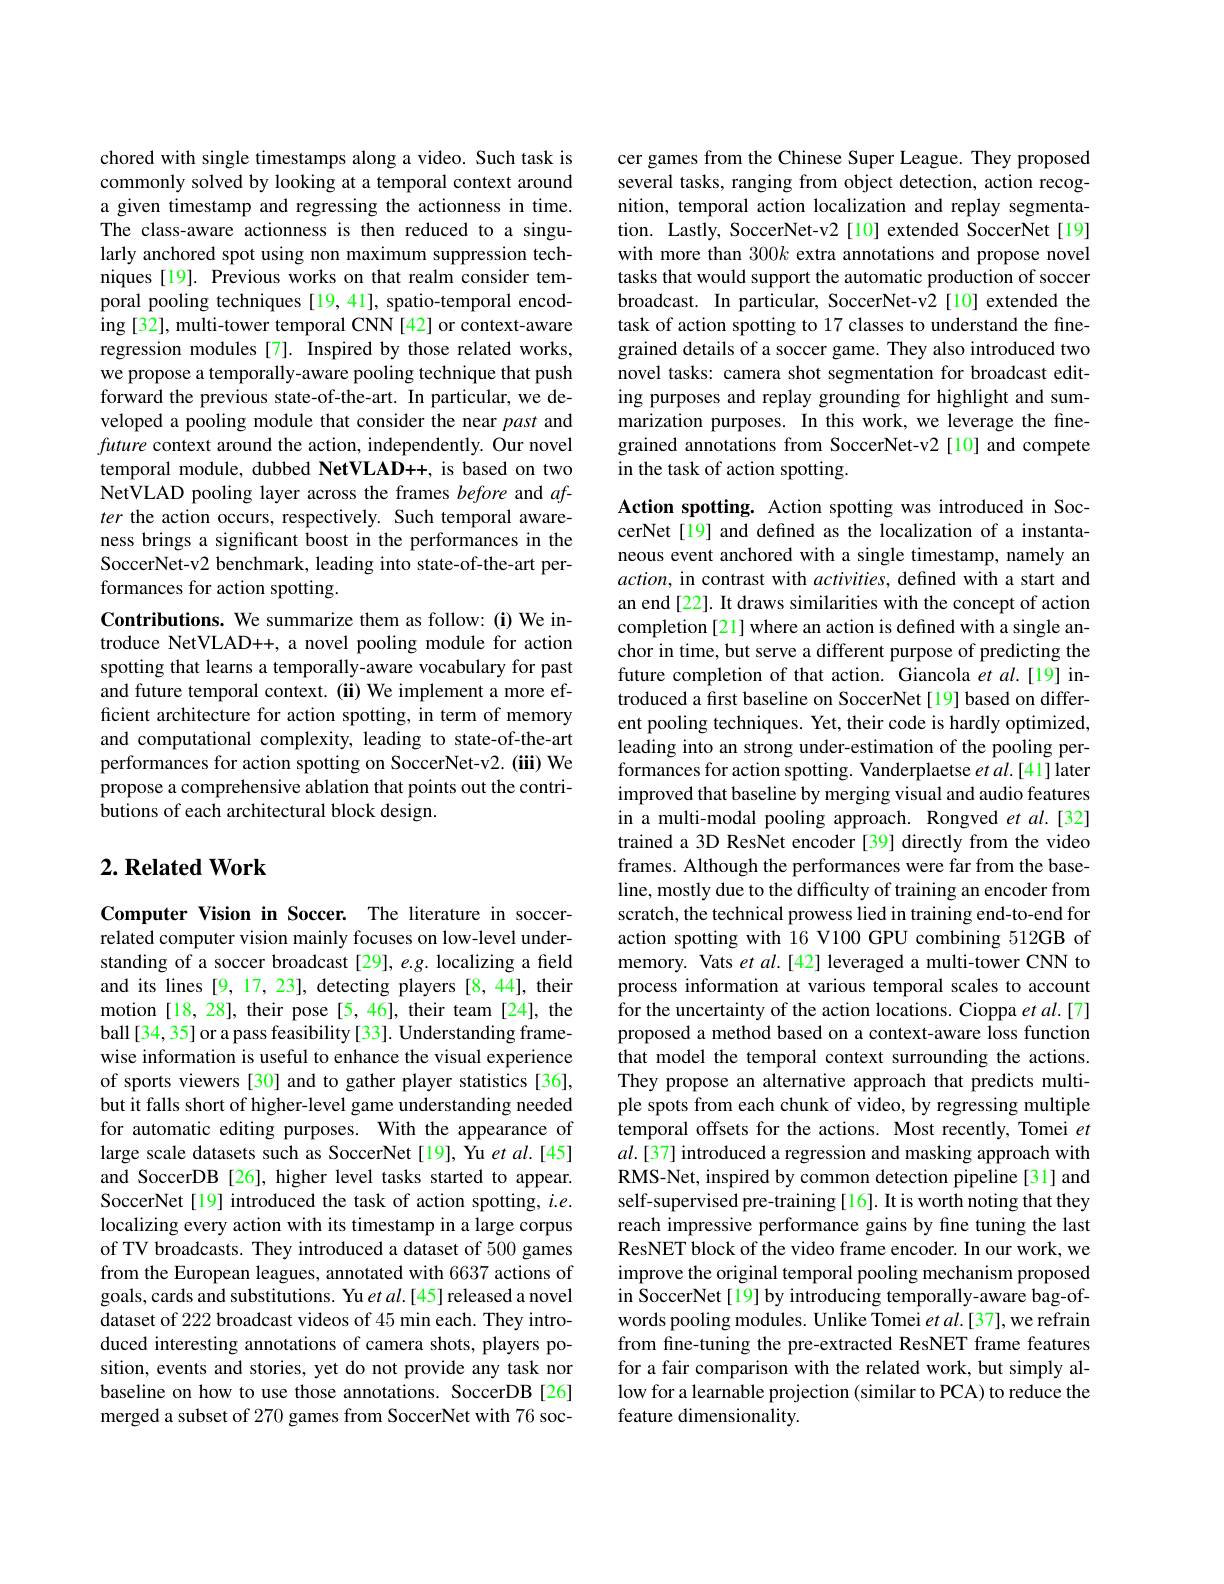
chored with single timestamps along a video. Such task is commonly solved by looking at a temporal context around a given timestamp and regressing the actionness in time. The class-aware actionness is then reduced to a singularly anchored spot using non maximum suppression techniques [19]. Previous works on that realm consider temporal pooling techniques[19,41], spatio-temporal encoding [32], multi-tower temporal CNN [42] or context-aware regression modules[7]. Inspired by those related works, we propose a temporally-aware pooling technique that push forward the previous state-of-the-art. In particular, we developed a pooling module that consider the near past and future context around the action, independently. Our novel temporal module, dubbed NetVLAD++, is based on two NetVLAD pooling layer across the frames before and $af-$ ter the action occurs, respectively. Such temporal awareness brings a significant boost in the performances in the SoccerNet-v2 benchmark, leading into state-of-the-art performances for action spotting.
Contributions. We summarize them as follow: (i) We introduce NetVLAD++, a novel pooling module for action spotting that learns a temporally-aware vocabulary for past and future temporal context. (ii) We implement a more efficient architecture for action spotting, in term of memory and computational complexity, leading to state-of-the-art performances for action spotting on SoccerNet-v2. (iii) We propose a comprehensive ablation that points out the contributions of each architectural block design.

### $2. \textbf{Related Work}$

Computer Vision in Soccer. The literature in soccerrelated computer vision mainly focuses on low-level understanding of a soccer broadcast[29], e.g. localizing a field and its lines [9, 17, 23], detecting players [8, 44], their motion [18, 28], their pose[5, 46], their team[24], the ball [34, 35] or a pass feasibility [ 33]. Understanding framewise information is useful to enhance the visual experience of sports viewers [30] and to gather player statistics [36], but it falls short of higher-level game understanding needed for automatic editing purposes. With the appearance of large scale datasets such as SoccerNet [19], Yu et al.[45] and SoccerDB [26], higher level tasks started to appear. SoccerNet [19] introduced the task of action spotting, $i.e.$ localizing every action with its timestamp in a large corpus of TV broadcasts. They introduced a dataset of 500 games from the European leagues, annotated with 6637 actions of goals, cards and substitutions. Yu $etal.[45]$ released a novel dataset of 222 broadcast videos of 45 min each. They introduced interesting annotations of camera shots, players position, events and stories, yet do not provide any task nor baseline on how to use those annotations. SoccerDB[26] merged a subset of 270 games from SoccerNet with 76 soc-

cer games from the Chinese Super League. They proposed several tasks, ranging from object detection, action recognition, temporal action localization and replay segmentation. Lastly, SoccerNet-v2 [10] extended SoccerNet[19] with more than 300k extra annotations and propose novel tasks that would support the automatic production of soccer broadcast. In particular, SoccerNet-v2[10] extended the task of action spotting to 17 classes to understand the finegrained details of a soccer game. They also introduced two novel tasks: camera shot segmentation for broadcast editing purposes and replay grounding for highlight and summarization purposes. In this work, we leverage the finegrained annotations from SoccerNet-v2 [10] and compete in the task of action spotting.

Action spotting. Action spotting was introduced in SoccerNet[19] and defined as the localization of a instantaneous event anchored with a single timestamp, namely an $action$, in contrast with activities, defined with a start and an end [22]. It draws similarities with the concept of action completion [21] where an action is defined with a single anchor in time, but serve a different purpose of predicting the future completion of that action. Giancola et al.[19] introduced a fırst baseline on SoccerNet[19] based on different pooling techniques. Yet, their code is hardly optimized, leading into an strong under-estimation of the pooling performances for action spotting. Vanderplaetse $etal.[41]$ later improved that baseline by merging visual and audio features in a multi-modal pooling approach. Rongved et al.[32] trained a 3D ResNet encoder [39] directly from the video frames. Although the performances were far from the baseline, mostly due to the difficulty of training an encoder from scratch, the technical prowess lied in training end-to-end for action spotting with 16 V100 GPU combining 512GB of memory. Vats et al.[42] leveraged a multi-tower CNN to process information at various temporal scales to account for the uncertainty of the action locations. Cioppa et al.[7] proposed a method based on a context-aware loss function that model the temporal context surrounding the actions. They propose an alternative approach that predicts multiple spots from each chunk of video, by regressing multiple temporal offsets for the actions. Most recently, Tomei $et$ $al.[37]$ introduced a regression and masking approach with RMS-Net, inspired by common detection pipeline[31] and self-supervised pre-training [16]. It is worth noting that they reach impressive performance gains by fine tuning the last ResNET block of the video frame encoder. In our work, we improve the original temporal pooling mechanism proposed in SoccerNet[19] by introducing temporally-aware bag-ofwords pooling modules. Unlike Tomei $etal.[37]$,we refrain from fine-tuning the pre-extracted ResNET frame features for a fair comparison with the related work, but simply allow for a learnable projection (similar to PCA) to reduce the feature dimensionality